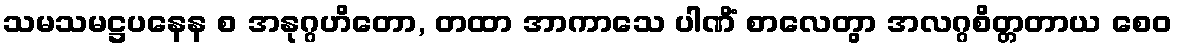
သမသမဋ္ဌပနေန စ အနုဂ္ဂဟိတော, တထာ အာကာသေ ပါဏိံ စာလေတွာ အလဂ္ဂစိတ္တတာယ စေဝ